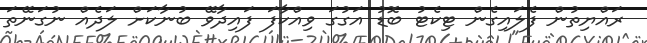
ރައްޔިތުން ފެލައިގެން ޓިކެޓު ބޮޑު އަގުގަ ވިއްކާފަ ފައިދާވޭ ބުނާކަށް ލަދެއް ނުގަނޭތަ